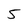
Character: 5